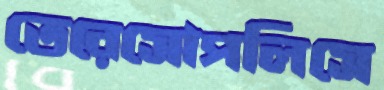
তেরেসোপলিসে